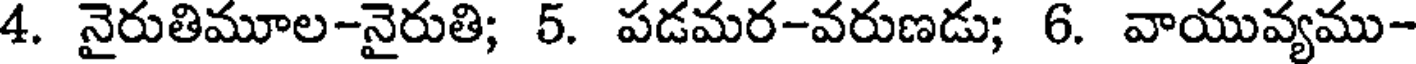
4. నైరుతిమూల-నైరుతి; 5. పడమర-వరుణడు; 6. వాయువ్యము-